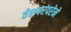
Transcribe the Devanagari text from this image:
वेशपरंपरेने